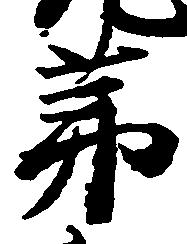
弟